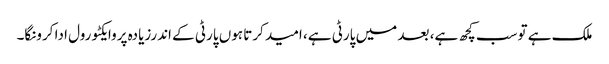
ملک ہے توسب کچھ ہے، بعد میں پارٹی ہے، امید کرتا ہوں پارٹی کے اندرزیادہ پروایکٹو رول ادا کرونگا۔